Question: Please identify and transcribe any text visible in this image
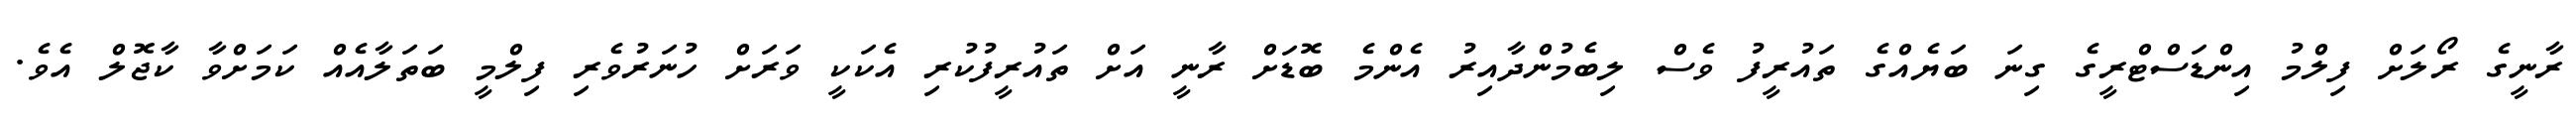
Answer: ރާނީގެ ރޯލަށް ފިލްމު އިންޑަސްޓްރީގެ ގިނަ ބަޔެއްގެ ތައުރީފު ވެސް ލިބެމުންދާއިރު އެންމެ ބޮޑަށް ރާނީ އަށް ތައުރީފުކުރި އެކަކީ ވަރަށް ހުނަރުވެރި ފިލްމީ ބަތަލާއެއް ކަމަށްވާ ކާޖޮލް އެވެ.